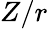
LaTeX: Z/r